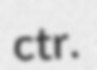
ctr.